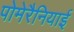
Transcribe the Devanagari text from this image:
पोमेरैनियाई